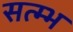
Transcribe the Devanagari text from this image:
सत्म्भ